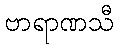
ဗာရာဏသီ